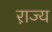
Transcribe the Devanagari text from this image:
रा़ज्य